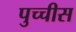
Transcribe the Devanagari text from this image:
पुच्चीस